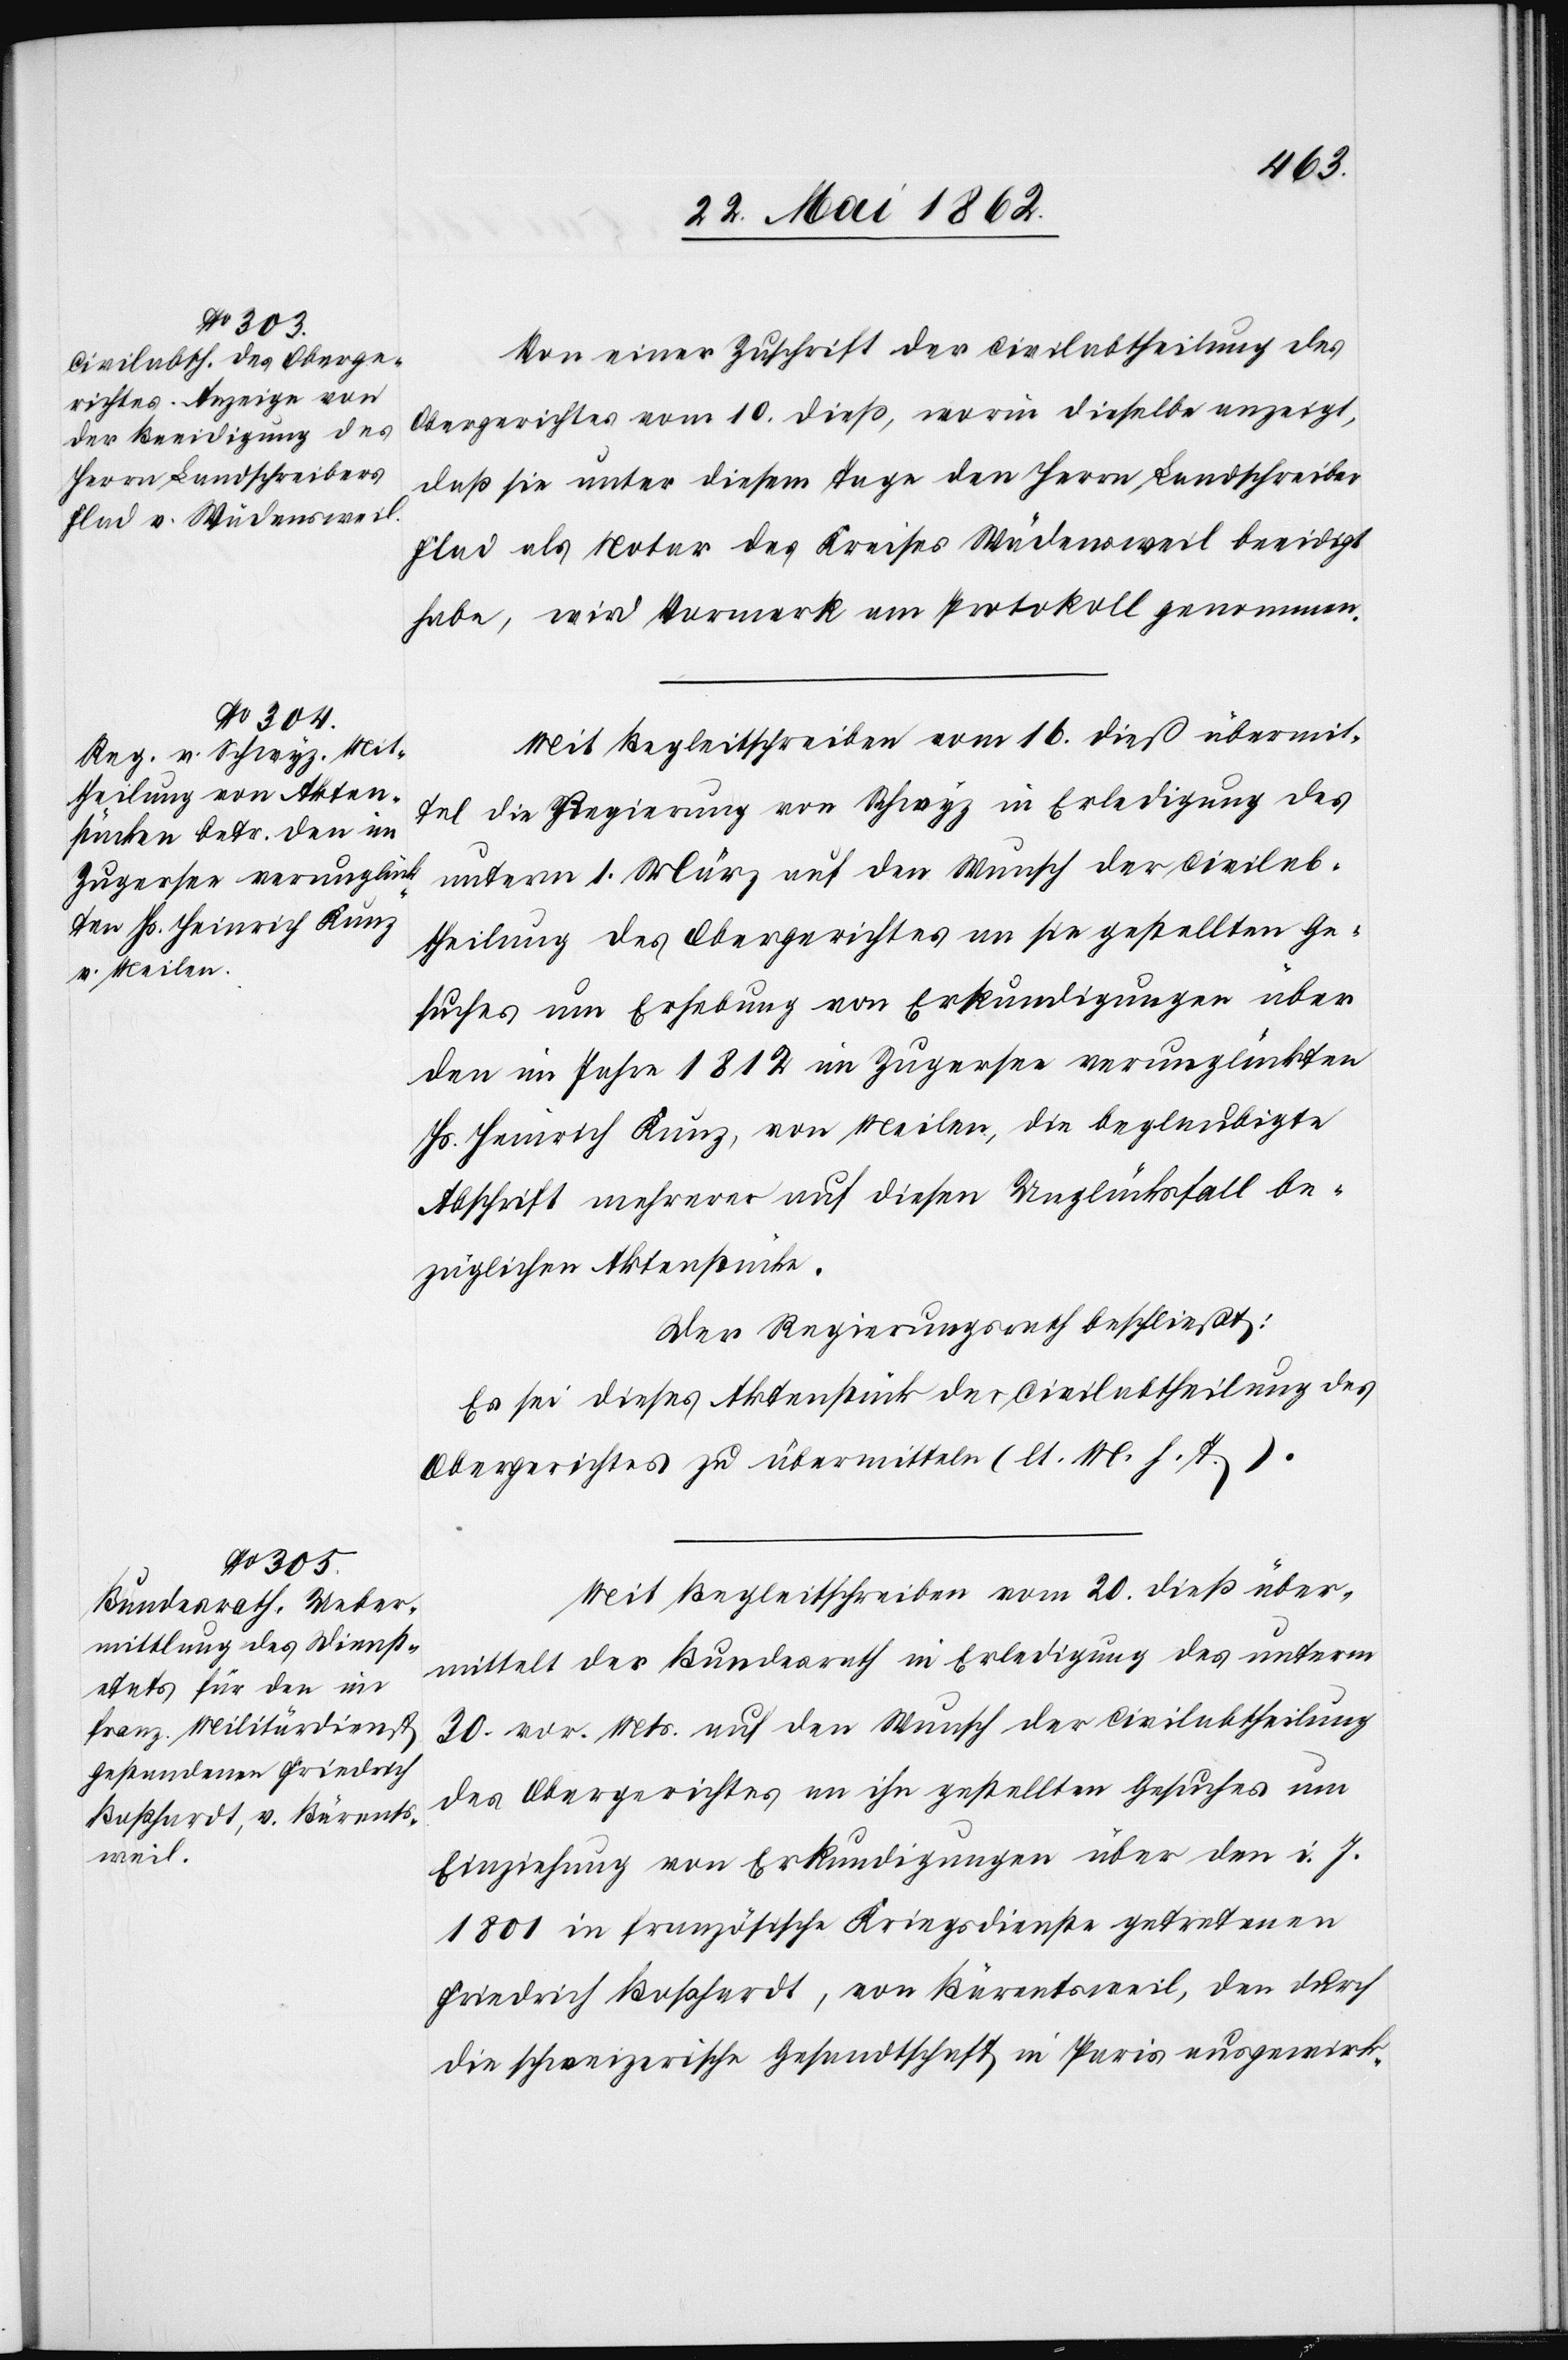
Von einer Zuschrift der Civilabtheilung des
Obergerichtes vom 10. dieß, worin dieselbe anzeigt,
daß sie unter diesem Tage den Herrn Landschreiber
Flad als Notar des Kreises Wädensweil beeidigt
habe, wird Vormerk am Protokoll genommen.
Mit Begleitschreiben vom 16. dieß übermit¬
telt die Regierung von Schwyz in Erledigung des
unterm 1. März auf den Wunsch der Civilab¬
theilung des Obergerichtes an sie gestellten Ge¬
suches um Erhebung von Erkundigungen über
den im Jahre 1812 im Zugersee verunglückten
Hs. Heinrich Kunz, von Meilen, die beglaubigte
Abschrift mehrerer auf diesen Unglücksfall be¬
züglichen Aktenstücke.
Der Regierungsrath beschließt:
Es sei dieses Aktenstück der Civilabtheilung des
Obergerichtes zu übermitteln (lt. M. h. T.).
Mit Begleitschreiben vom 20. dieß über¬
mittelt der Bundesrath in Erledigung des unterm
30. vor. Mts. auf den Wunsch der Civilabtheilung
des Obergerichtes an ihn gestellten Gesuches um
Einziehung von Erkundigungen über den i. J.
1801 in französische Kriegsdienste getretenen
Friedrich Boßhardt, von Bärentsweil, den durch
die schweizerische Gesandtschaft in Paris ausgewirk-